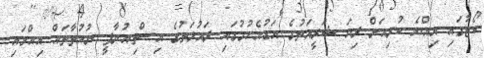
ކޯޓުގައި އިއްޔެ ކުރިއަށް ދިޔަ ޝަރީއަތުގެ އަޑުއެހުމުގައި ދައުލަތުގެ އިސްތިއުނާފީ ނުކުތާތައް އިއްވައި